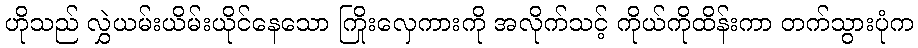
ဟိုသည် လွှဲယမ်းယိမ်းယိုင်နေသော ကြိုးလှေကားကို အလိုက်သင့် ကိုယ်ကိုထိန်းကာ တက်သွားပုံက